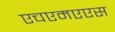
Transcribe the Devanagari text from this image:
एचएमएएस